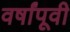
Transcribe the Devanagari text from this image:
वर्षांपूवी